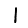
Digit: 1